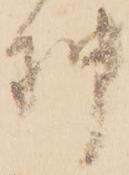
押